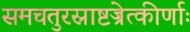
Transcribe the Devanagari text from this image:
समचतुरस्राष्टज्रेत्कीर्णाः